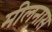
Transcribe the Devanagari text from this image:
मीलनास